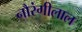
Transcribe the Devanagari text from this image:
नौरंगीलाल